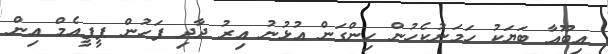
އިބޫއާ ބަޔަކު ހަމަނުކެހުން ހިންގަން އުޅުނު އިރު ދާދި ފަހުން ޕީޕީއެމް އިން